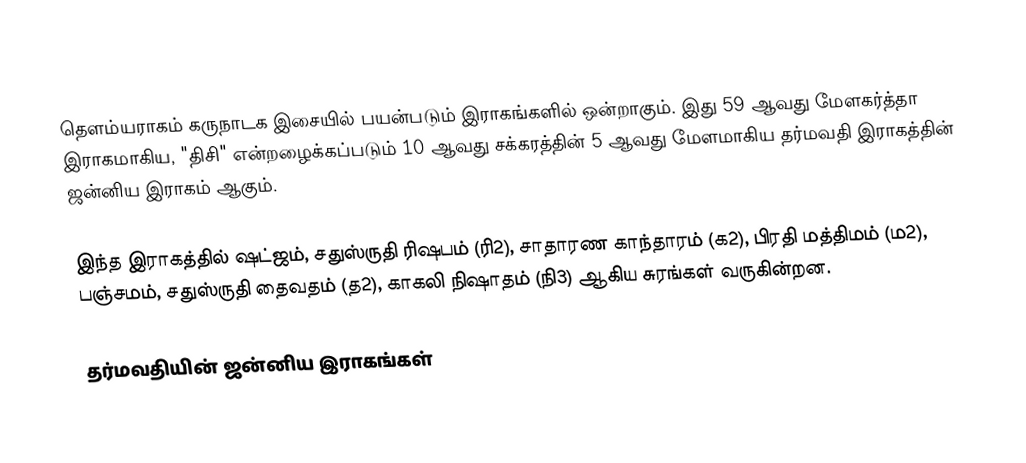
தௌம்யராகம் கருநாடக இசையில் பயன்படும் இராகங்களில் ஒன்றாகும். இது 59 ஆவது மேளகர்த்தா இராகமாகிய, "திசி" என்றழைக்கப்படும் 10 ஆவது சக்கரத்தின் 5 ஆவது மேளமாகிய தர்மவதி இராகத்தின் ஜன்னிய இராகம் ஆகும்.

இந்த இராகத்தில் ஷட்ஜம், சதுஸ்ருதி ரிஷபம் (ரி2),  சாதாரண காந்தாரம் (க2), பிரதி மத்திமம் (ம2), பஞ்சமம்,  சதுஸ்ருதி தைவதம் (த2), காகலி நிஷாதம்  (நி3) ஆகிய சுரங்கள் வருகின்றன.

தர்மவதியின் ஜன்னிய இராகங்கள்